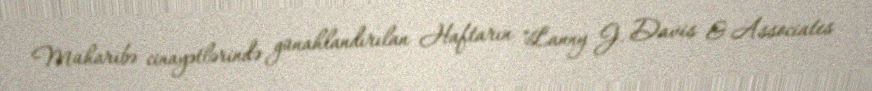
Müharibə cinayətlərində günahlandırılan Haftarın "Lanny J. Davis & Associates